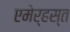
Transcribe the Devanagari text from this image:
एमेर्हस्त